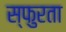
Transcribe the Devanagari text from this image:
स्फुरता